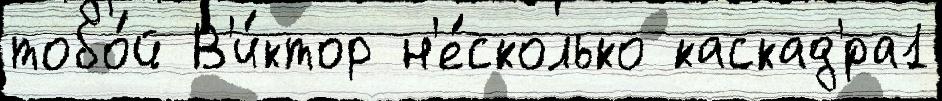
тобо́й В'и́ктор н'е́сколько каскад'́ра1